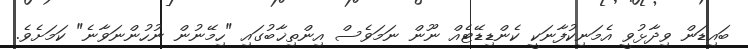
ބައިޑަން ވިދާޅުވީ އެމަނިކުފާނަކީ ކެންޑިޑޭޓެއް ނޫން ނަމަވެސް އިންތިޚާބުގައި "ހިމޭނުން ނުހުންނަވާނެ" ކަމަށެވެ.